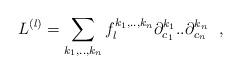
LaTeX: \begin{align*}L^{(l)} = \sum_{k_1,..,k_n} f_{l}^{k_1,..,k_n} \partial_{c_1}^{k_1}..\partial_{c_n}^{k_n}~~,\end{align*}